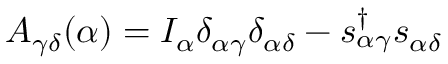
A _ { \gamma \delta } ( \alpha ) = I _ { \alpha } \delta _ { \alpha \gamma } \delta _ { \alpha \delta } - s _ { \alpha \gamma } ^ { \dagger } s _ { \alpha \delta }